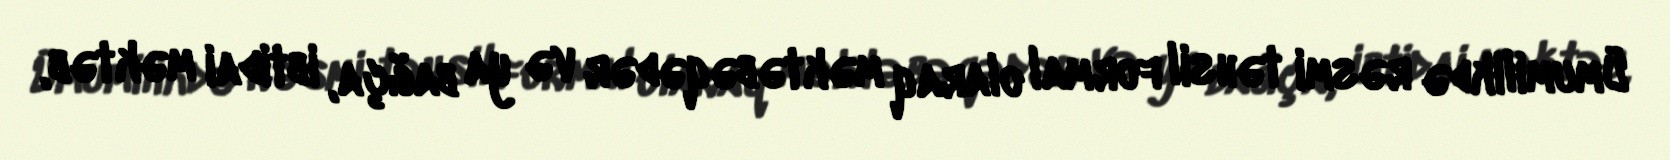
Ümumilikdə rəsmi təhsil formal olaraq məktəbəqədər və ya bağça, ibtidai məktəb,